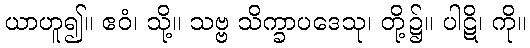
ယာဟူ၍။ ဧဝံ၊ သို့။ သဗ္ဗ သိက္ခာပဒေသု၊ တို့၌။ ပါဋိ၊ ကို။